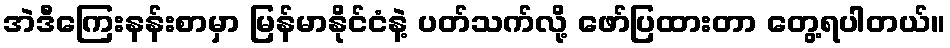
အဲဒီကြေးနန်းစာမှာ မြန်မာနိုင်ငံနဲ့ ပတ်သက်လို့ ဖော်ပြထားတာ တွေ့ရပါတယ်။